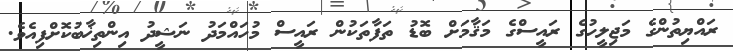
ރައްޔިތުންގެ މަޖިލީހުގެ ރައީސްގެ މަޤާމަށް ބޮޑު ތަފާތަކުން ރައީސް މުހައްމަދު ނަޝީދު އިންތިޚާބުކޮށްފިއެވެ.